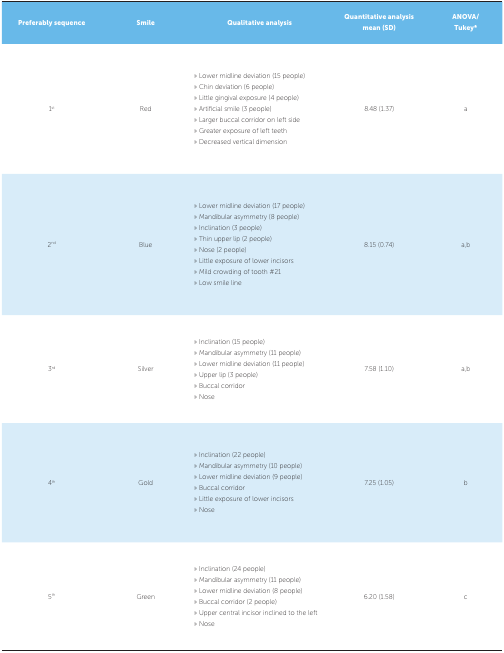
<table><thead><tr><td><b>Preferably sequence</b></td><td><b>Smile</b></td><td><b>Qualitative analysis</b></td><td><b>Quantitative analysis mean (SD)</b></td><td><b>ANOVA/ Tukey*</b></td></tr></thead><tbody><tr><td>1<sup>st</sup></td><td>Red</td><td>» Lower midline deviation (15people) » Chin deviation (6 people) » Little gingival exposure (4 people)» Artificial smile (3 people) » Larger buccal corridor on left side »Greater exposure of left teeth » Decreased vertical dimension</td><td>8.48 (1.37)</td><td>a</td></tr><tr><td>2<sup>nd</sup></td><td>Blue</td><td>» Lower midline deviation (17people) » Mandibular asymmetry (8 people) » Inclination (3 people) » Thinupper lip (2 people) » Nose (2 people) » Little exposure of lowerincisors » Mild crowding of tooth #21 » Low smile line</td><td>8.15 (0.74)</td><td>a,b</td></tr><tr><td>3<sup>rd</sup></td><td>Silver</td><td>» Inclination (15 people) »Mandibular asymmetry (11 people) » Lower midline deviation (11 people) »Upper lip (3 people) » Buccal corridor » Nose</td><td>7.58 (1.10)</td><td>a,b</td></tr><tr><td>4<sup>th</sup></td><td>Gold</td><td>» Inclination (22 people) »Mandibular asymmetry (10 people) » Lower midline deviation (9 people) »Buccal corridor » Little exposure of lower incisors » Nose</td><td>7.25 (1.05)</td><td>b</td></tr><tr><td>5<sup>th</sup></td><td>Green</td><td>» Inclination (24 people) »Mandibular asymmetry (11 people) » Lower midline deviation (8 people) »Buccal corridor (2 people) » Upper central incisor inclined to the left »Nose</td><td>6.20 (1.58)</td><td>c</td></tr></tbody></table>